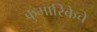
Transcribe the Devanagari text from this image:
कुमारिकेचे